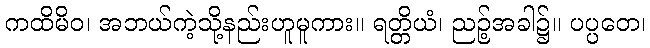
ကထိမိဝ၊ အဘယ်ကဲ့သို့နည်းဟူမူကား။ ရတ္တိယံ၊ ညဉ့်အခါ၌။ ပပ္ပတေ၊